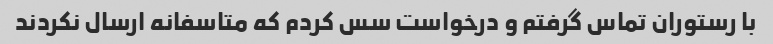
با رستوران تماس گرفتم و درخواست سس کردم که متاسفانه ارسال نکردند